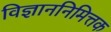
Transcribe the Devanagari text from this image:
विज्ञाननिमित्तक